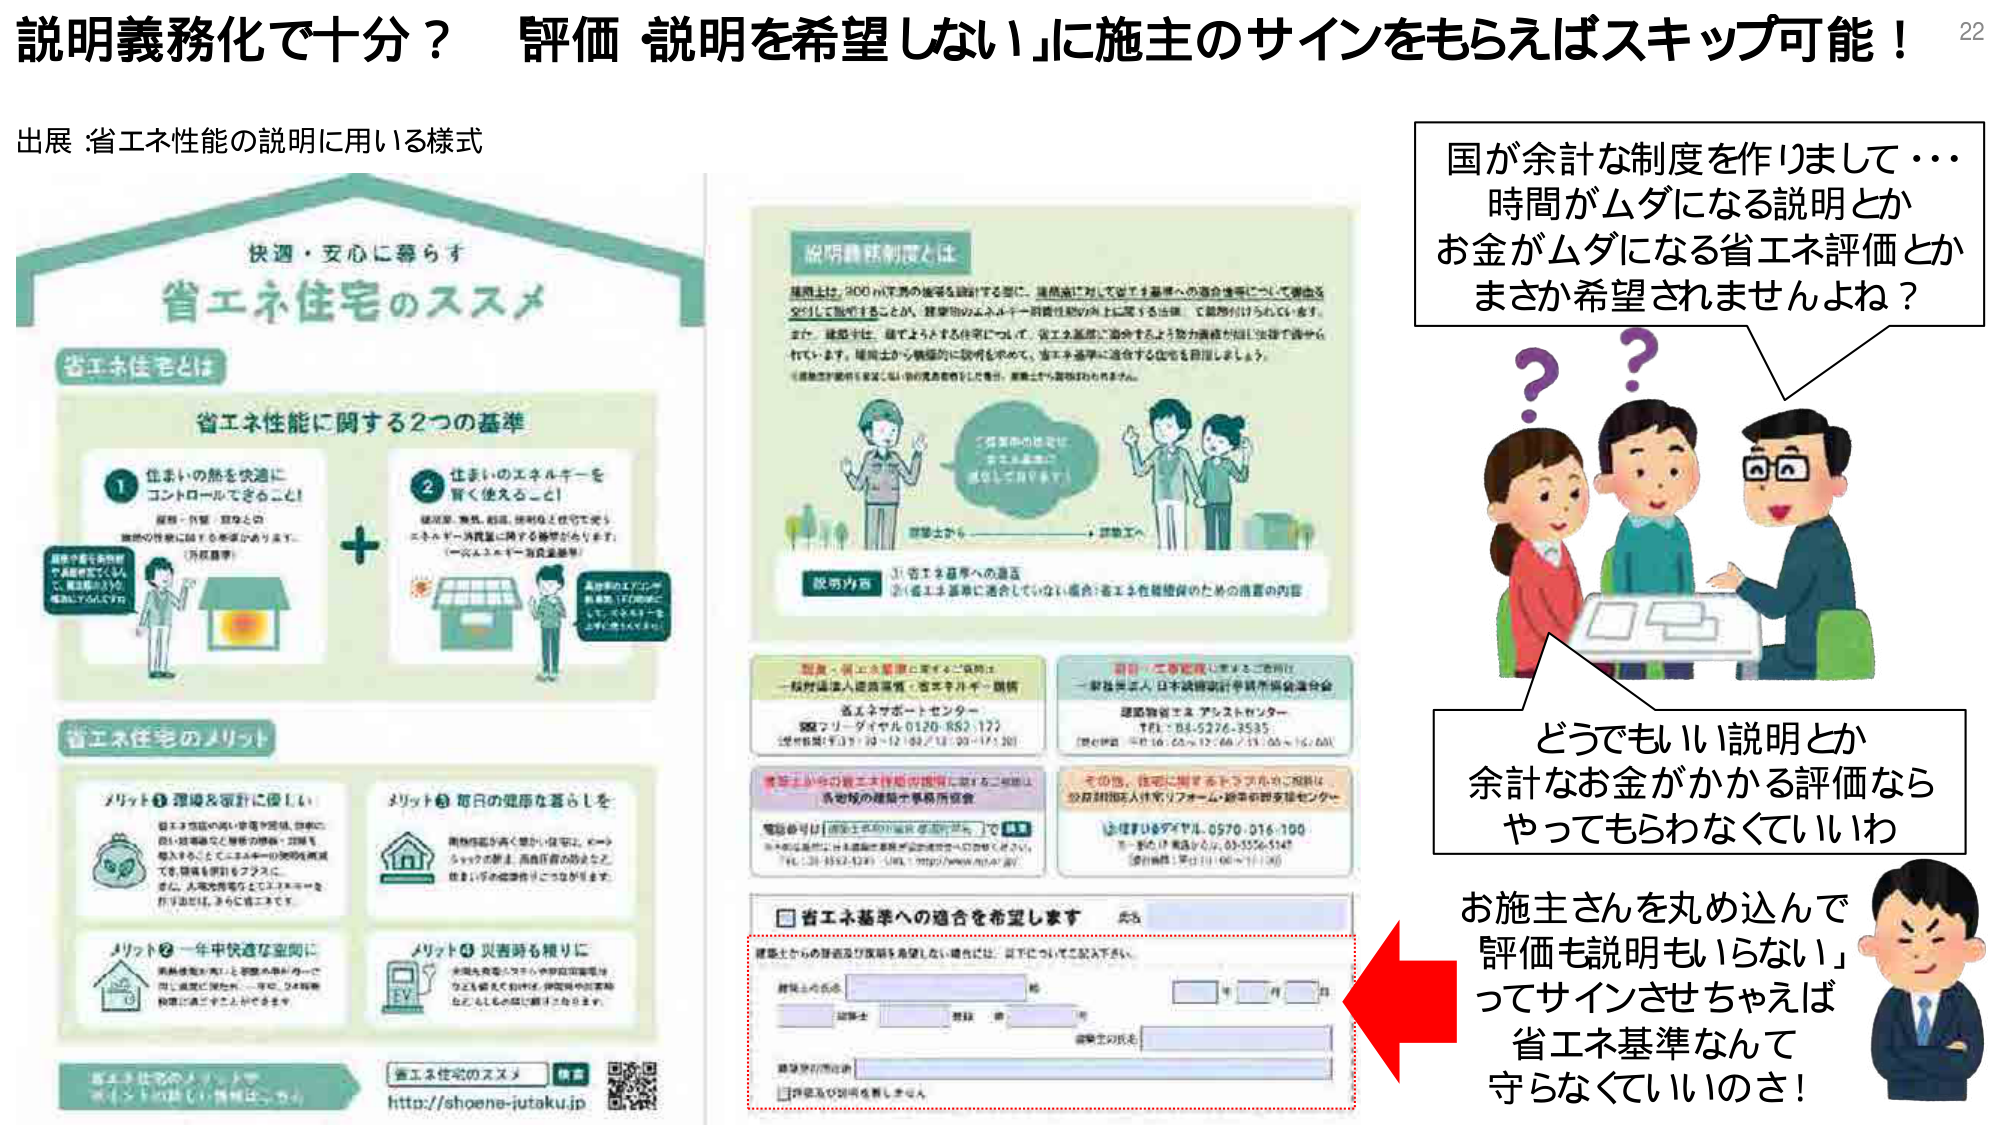
説明義務化で十分？「評価・説明を希望しない」に施主のサインをもらえばスキップ可能！

出展：省エネ性能の説明に用いる様式

快適・安心に暮らす
省エネ住宅のススメ

省エネ住宅とは

省エネ性能に関する2つの基準

① 住まいの熱を快適に
コントロールできること！
屋根・外壁・窓などの
断熱の性能に加え、冬季の冷房や夏季の暖房の負荷を低減します。
（外皮基準）

② 住まいのエネルギーを
賢く使えること！
暖房、給湯、照明、換気、冷暖房など、住宅に使われるエネルギーを効率的に使用するための設備を導入します。
（一次エネルギー消費量基準）

※省エネ性能の基準は、住宅の規模や用途に応じて異なります。

省エネ住宅のメリット

メリット① 環境と家計に優しい
省エネ性能が高い住宅は、エネルギーの使用量を減らすことで、二酸化炭素の排出量を削減し、地球温暖化の防止に貢献します。また、エネルギー費の削減により、家計の負担も軽減されます。

メリット② 毎日の健康を暮らしを
断熱性能が高い住宅は、室内の温度変化が少なく、快適な居住環境を提供します。また、結露やカビの発生を防ぐことで、健康な生活をサポートします。

メリット③ 一年中快適な空間に
断熱性能が高い住宅は、冬は寒さが入りにくく、夏は暑さがこもりにくいため、一年中快適な室内環境を維持できます。

メリット④ 災害時も頼りに
省エネ住宅は、太陽光発電や蓄電池を導入することで、停電時でも電気の使用が可能になり、災害時の生活の継続に貢献します。

省エネ住宅のススメ
http://shoene-jutaku.jp

説明義務制度とは
建築士が、200㎡以下の住宅を設計する際に、建築主に対して省エネ基準への適合性について、理由を交えて説明すること。また、建築主のエネルギー消費性能の向上に関する法律に従って義務付けられています。
また、建築士は、建てようとする住宅について、省エネ基準に適合するよう努力義務が設けられており、建築主から積極的に説明を求め、省エネ基準に適合する住宅を目指しましょう。
※建築主が説明を希望しない旨の意思表示をした場合、建築士から説明は行われません。

説明内容
① 省エネ基準への適合
② 省エネ基準に適合していない場合：省エネ性能確保のための措置の内容

設計・省エネ基準に関するご相談は
一般財団法人建築環境・省エネルギー機構
省エネサポートセンター
☎ フリーダイヤル 0120-852-177
（受付時間：平日 9:00～12:00 / 13:00～17:00）

設計・工事監理に関するご相談は
一般社団法人 日本設備設計事務所協会連合会
建築物省エネ アシストセンター
TEL：04-5276-3535
（受付時間：平日 10:00～12:00 / 13:00～16:00）

建築士からの省エネ性能の説明に関するご相談は
各市町村の建築士事務所協会

その他、住宅に関するトラブルや相談は
公益財団法人住宅リフォーム・新築サポートセンター
フリーダイヤル 0570-016-100
※一部の電話番号は、03-5526-5347
（受付時間：平日 10:00～17:00）

□ 省エネ基準への適合を希望します
氏名
建築士からの説明及び評価を希望しない場合には、以下についてご記入下さい。
建築主の氏名
年 月 日
建築士
登録番号
建築士の氏名
建築士の印
□ 評価及び説明を希望しません

国が余計な制度を作りまして・・・
時間ガムダになる説明とか
お金ガムダになる省エネ評価とか
まさか希望されませんよね？

どうでもいい説明とか
余計なお金がかかる評価なら
やってもらわなくていいわ

お施主さんを丸め込んで
「評価も説明もいらない」
ってサインさせちゃえば
省エネ基準なんて
守らなくていいのさ！

22